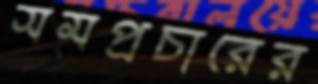
সমপ্রচারের